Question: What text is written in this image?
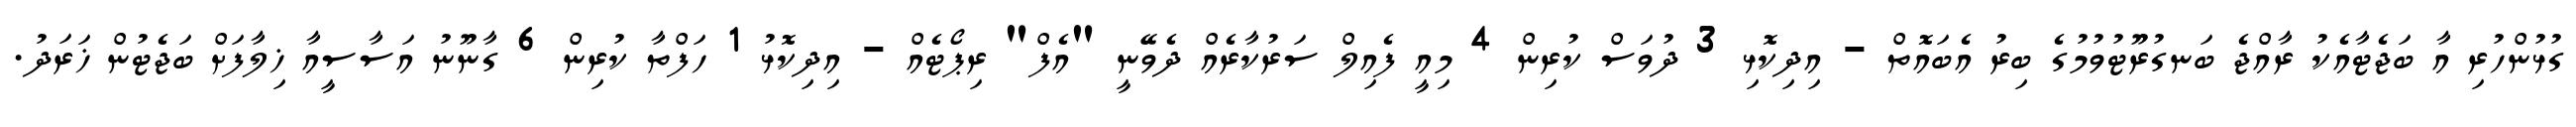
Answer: ގުޅުންހުރި އާ ބަޖެޓާއެކު ރާއްޖެ ބަނގުރޫޓުވުމުގެ ބިރު އެބައޮތް - އިދިކޮޅި 3 ދުވަސް ކުރިން 4 މިއީ ފެއިލް ސަރުކާރެއް ދެވޭނީ "އެފް" ރިޕޯޓެއް - އިދިކޮޅު 1 ހަފްތާ ކުރިން 6 ގާނޫނު އަސާސީއާ ޚިލާފަށް ބަޖެޓުން ޚަރަދު.